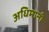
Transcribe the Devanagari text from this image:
अधिमानी